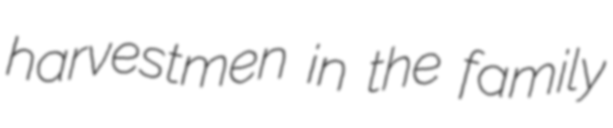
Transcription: harvestmen in the family